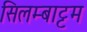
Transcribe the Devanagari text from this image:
सिलम्बाट्टम